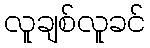
လူချစ်လူခင်